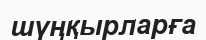
шүңқырларға